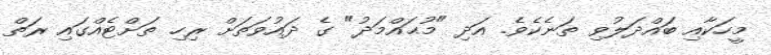
މީހަކާއި ބައްދަލުވި ތަނެކެވެ. އަދި "މުޙައްމަދު" ގެ ދައުވަތަށް ރިހި ތަށްޓެއްގައި ރަތް